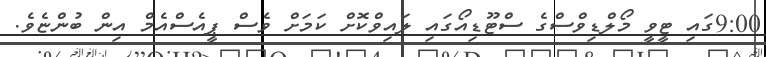
9:00ގައި ޓީވީ މޯލްޑިވްސްގެ ސްޓޫޑިއޯގައި ލައިވްކޮށް ކަމަށް ވެސް ޕީއެސްއެމް އިން ބުންޏެވެ.